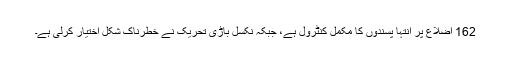
162 اضلاع پر انتہا پسندوں کا مکمل کنٹرول ہے، جبکہ نکسل باڑی تحریک نے خطرناک شکل اختیار کرلی ہے۔